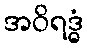
အဝိရဒ္ဓံ